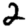
Digit: 2